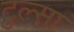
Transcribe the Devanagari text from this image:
टुल्‍सा